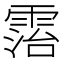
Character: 𩃦